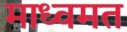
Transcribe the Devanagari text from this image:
माध्वमत